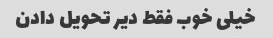
خیلی خوب فقط دیر تحویل دادن